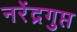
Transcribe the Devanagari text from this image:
नरेंद्रगुप्त